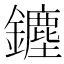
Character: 𨮞